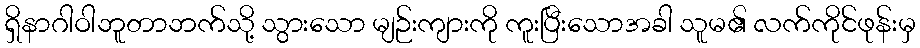
ရှိနာဂါဝါဘူတာဘက်သို့ သွားသော မျဉ်းကျားကို ကူးပြီးသောအခါ သူမ၏ လက်ကိုင်ဖုန်းမှ